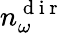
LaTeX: n_{\omega}^{\mathrm{~d~i~r~}}